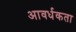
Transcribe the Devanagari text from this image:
आवर्धकता